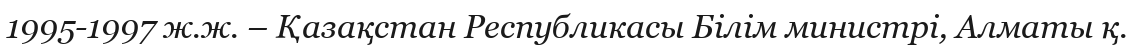
1995-1997 ж.ж. – Қазақстан Республикасы Білім министрі, Алматы қ.